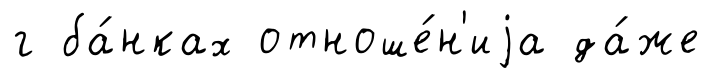
г ба́нках отноше́н'иjа да́же